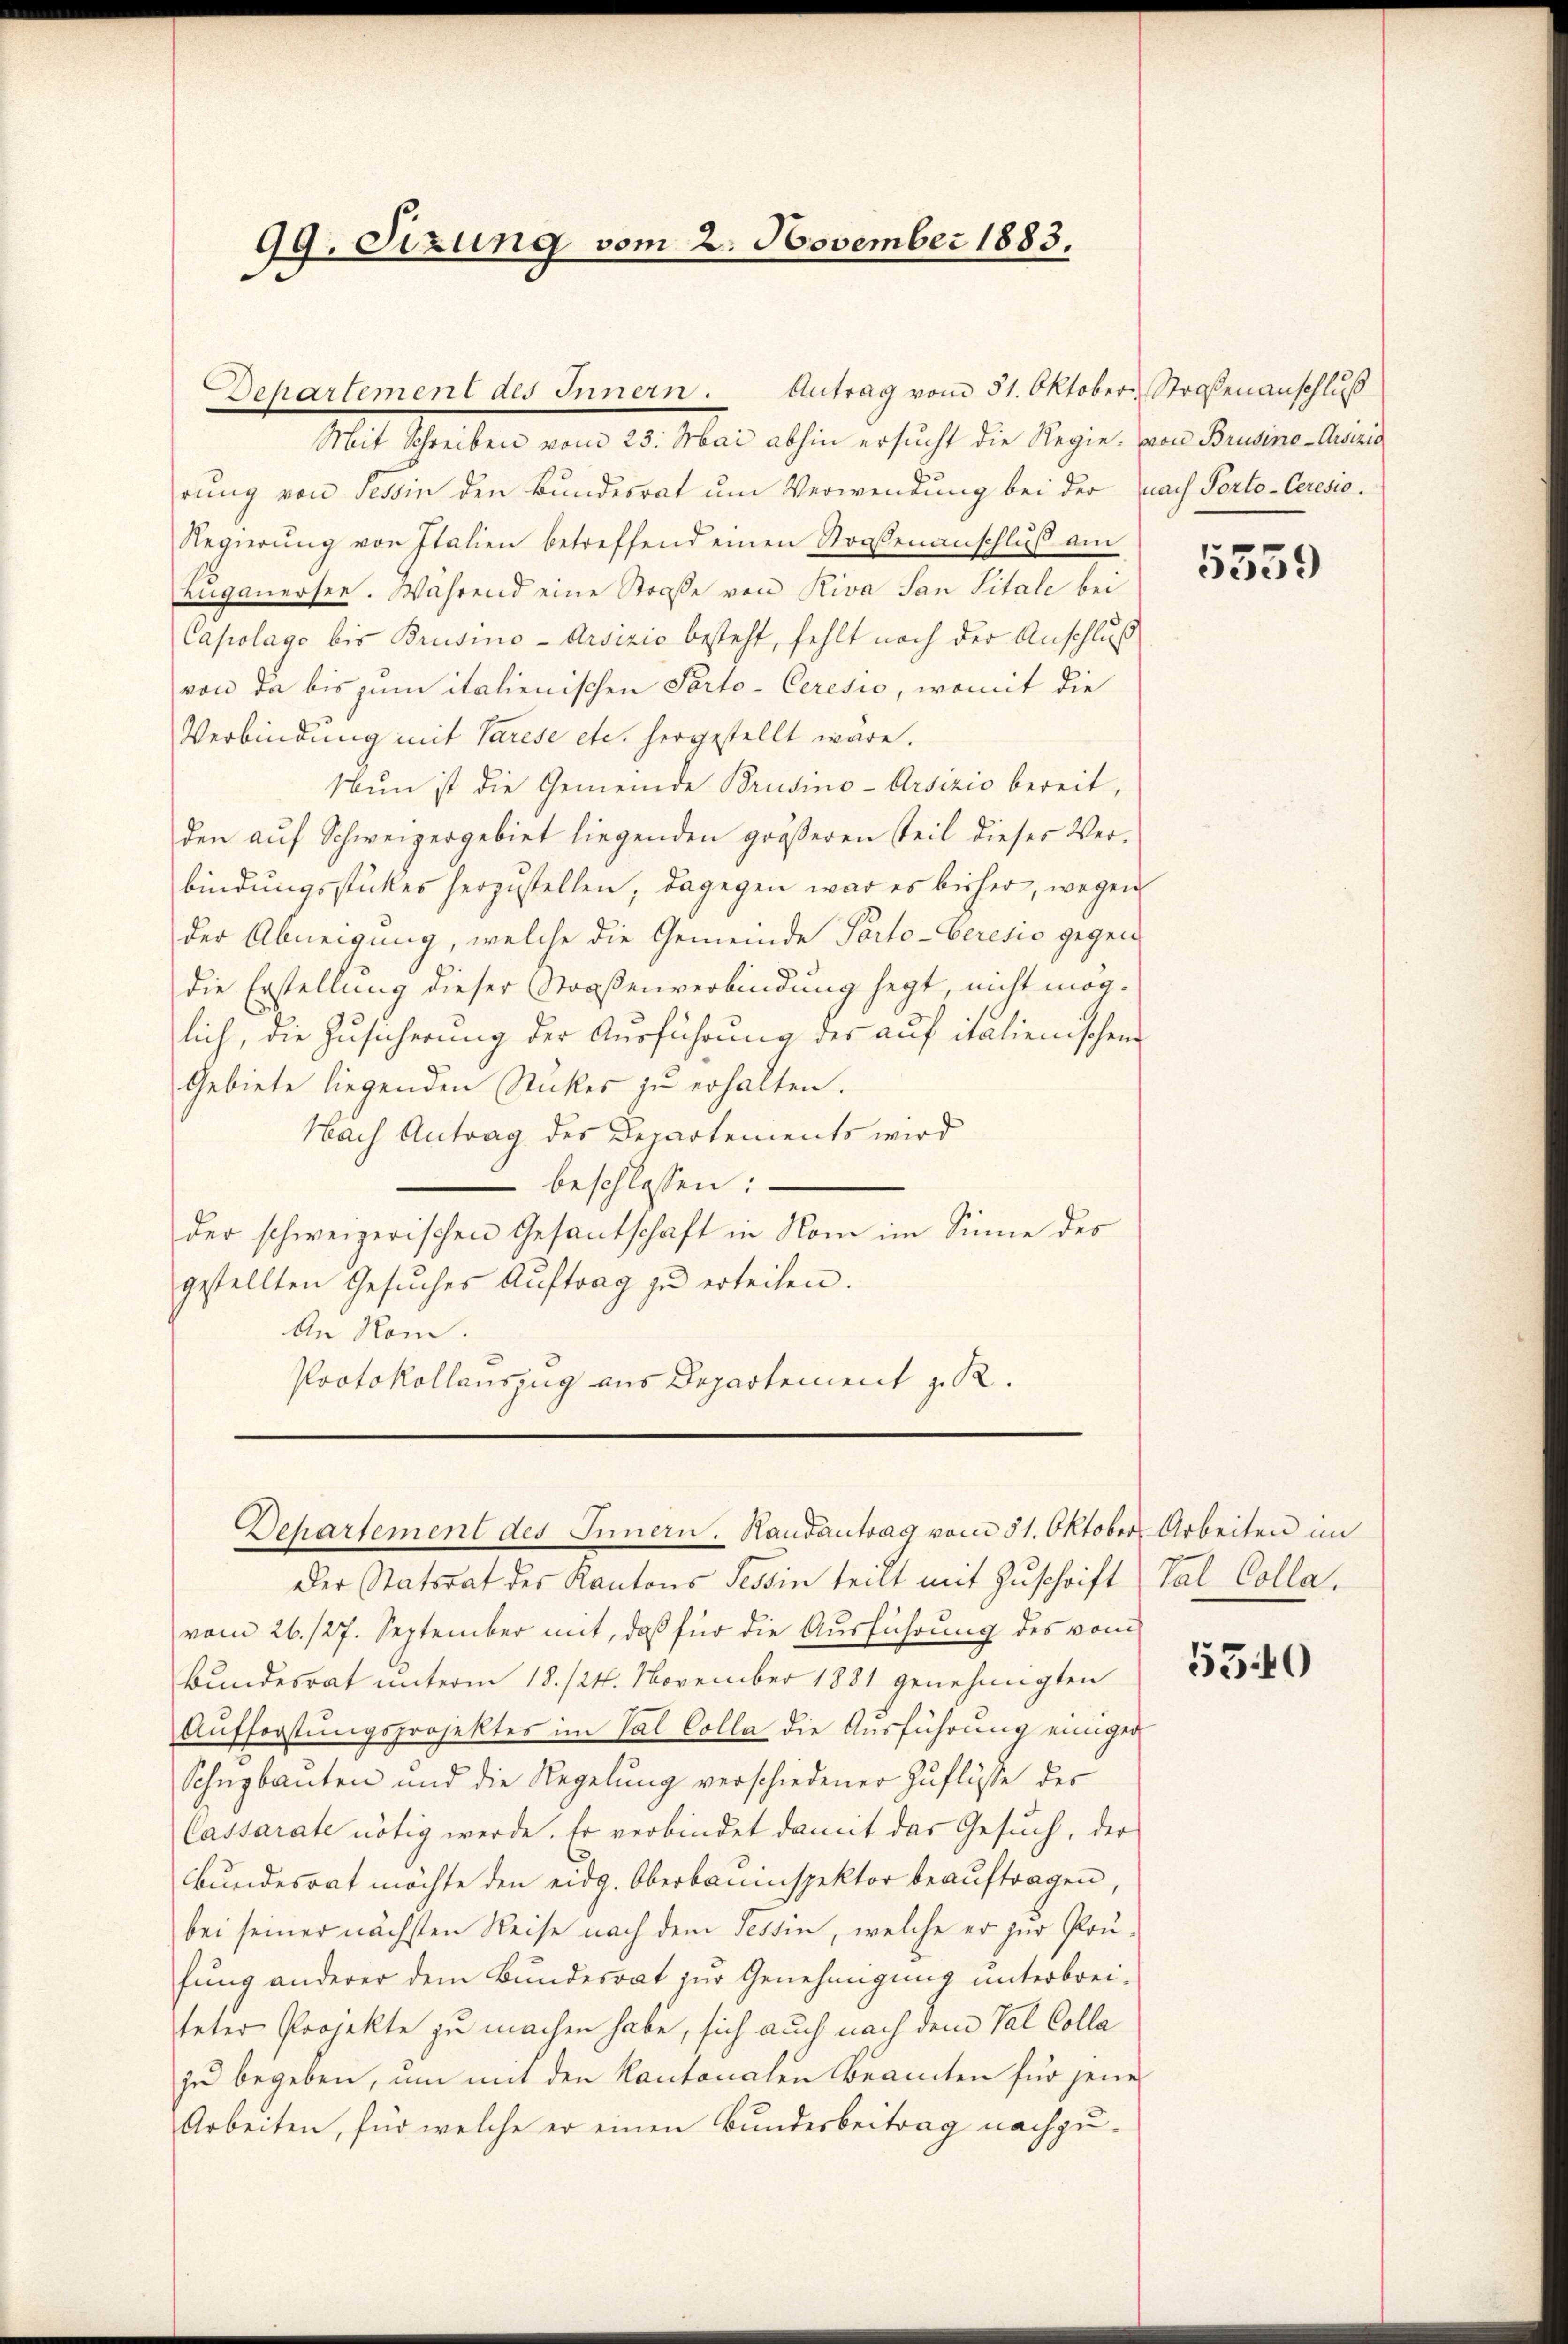
99. Sizung vom 2. November 1883.
Dehartement des Innern. Antrag vom 31. Oktober Straßenanschluß

Mit Schritten von 20. Mai abhin ersicht die Regie von Personellen
rung von Tessin den Bundesrat um Verwendung bei der nach Porto-Ceresie¬
Regierŭng von Italien betreffend einen Straßenanschluß am
Luganersee. Während eine Straße von Riva San Sitale bei
Capolago bis Brusino-Arsizio besteht, fehlt noch der Anschluß
von da bis zum italienischen Porto-Ceresio, womit die
Verbindung mit Varese etc. hergestellt wäre.
Nun ist die Gemeinde Brusino-Arsizio bereit,
den auf Schweizergebiet liegenden größeren Teil dieses Ver-
bindungsstückes herzustellen, dagegen war es bisher, wegen
der Abneigung, welche die Gemeinde Parto-Beresio gegen
die Erstellung dieser Straßenverbindung hegt, nicht mög-
lich, die Zusicherung der Ausführung der auf italienischen
Gebiete liegenden Stückes zu erhalten.
Nach Antrag des Departements wird
 beschlossen:
der schweizerischen Gesantschaft in Nom im Sinne des
gestellten Gesŭches Aŭftrag zŭ erteilen.
An Rom.
Protokollauszug aus Departement z. R.

Departement des Innern. Handantrag vom 31. Oktob

Der Statsrat des Kantons Tessin teilt mit Zuschrift (Val Collavom 26./27. September mit, daß für die Ausführung des vom
Bundesrat unterm 18./21. November 1881 genehmigten
Aufforstungsprojektes im Val Colla die Ausführung einiger
Schnugbauten und die Regelung verschiedener Zuflüsse der
Cassarate nötig werde. Er verbindet damit das Gesuch, der
Bundesrat möchte den eidg. Oberbauinspektor beauftragen,
bei seiner nächsten Reise nach dem Tessin, welche er zur Prüfung anderer dem Bundesrat zur Genehmigung unterbrei-
teter Projekte zu machen habe, sich auch nach dem Val Colla
zu begeben, um mit den Kantonalen Beamten für jene
Arbeiten, für welche er einen Bundesbeitrag nachzu¬

5339

er Arbeiten im

5340